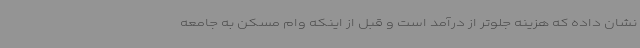
نشان داده که هزینه جلوتر از درآمد است و قبل از اینکه وام مسکن به جامعه